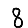
Digit: 8